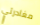
مغادرتي